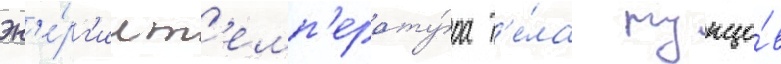
эн'е́рг'ии т'емп'ерату́ра т'е́ла тунцо́в